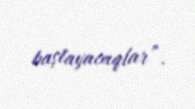
başlayacaqlar”.